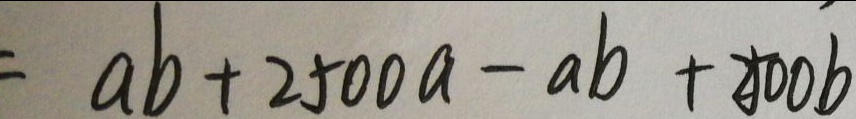
= a b + 2 5 0 0 a - a b + 2 5 0 0 b